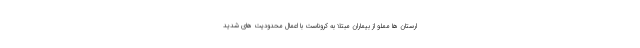
ارستان ها مملو از بیماران مبتلا به کروناست با اعمال محدودیت های شدید